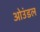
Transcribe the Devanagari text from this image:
ओउंडल